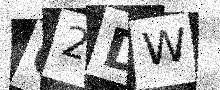
Text: G2DW